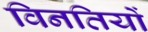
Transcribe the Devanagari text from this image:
विनतियों